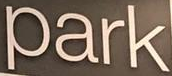
Park